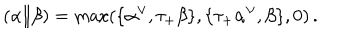
( \alpha \| \beta ) = \max ( \{ \alpha ^ { \vee } , \tau _ { + } \beta \} , \{ \tau _ { + } \alpha ^ { \vee } , \beta \} , 0 ) \, .